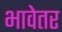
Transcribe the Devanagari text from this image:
भावेतर